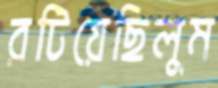
রটিয়েছিলুম